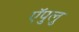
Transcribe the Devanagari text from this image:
ऍपुलु